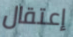
إعتقال